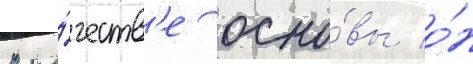
В ка́честв'е осно́вы о́н